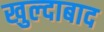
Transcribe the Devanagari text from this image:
खुल्‍दाबाद